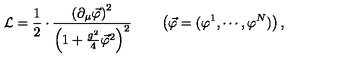
{ \cal L } = \frac { 1 } { 2 } \cdot \frac { \left( \partial _ { \mu } \vec { \varphi } \right) ^ { 2 } } { \left( 1 + \frac { g ^ { 2 } } { 4 } \vec { \varphi } ^ { 2 } \right) ^ { 2 } } \qquad \left( \vec { \varphi } = ( \varphi ^ { 1 } , \cdots , \varphi ^ { N } ) \right) ,